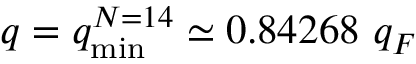
q = q _ { \mathrm { m i n } } ^ { N = 1 4 } \simeq 0 . 8 4 2 6 8 ~ q _ { F }